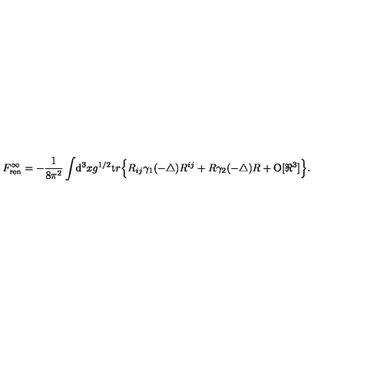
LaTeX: { F } _ { \mathrm { r e n } } ^ { \infty } = - \frac 1 { 8 \pi ^ { 2 } } \int \! { \mathrm d } ^ { 3 } x { g } ^ { 1 / 2 } { \mathrm t r } \Big \{ R _ { i j } \gamma _ { 1 } ( - \triangle ) R ^ { i j } + R \gamma _ { 2 } ( - \triangle ) R + { \mathrm { O } } [ \Re ^ { 3 } ] \Big \} .